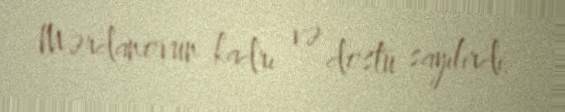
Mərdanovun kadrı və dostu sayılırdı.